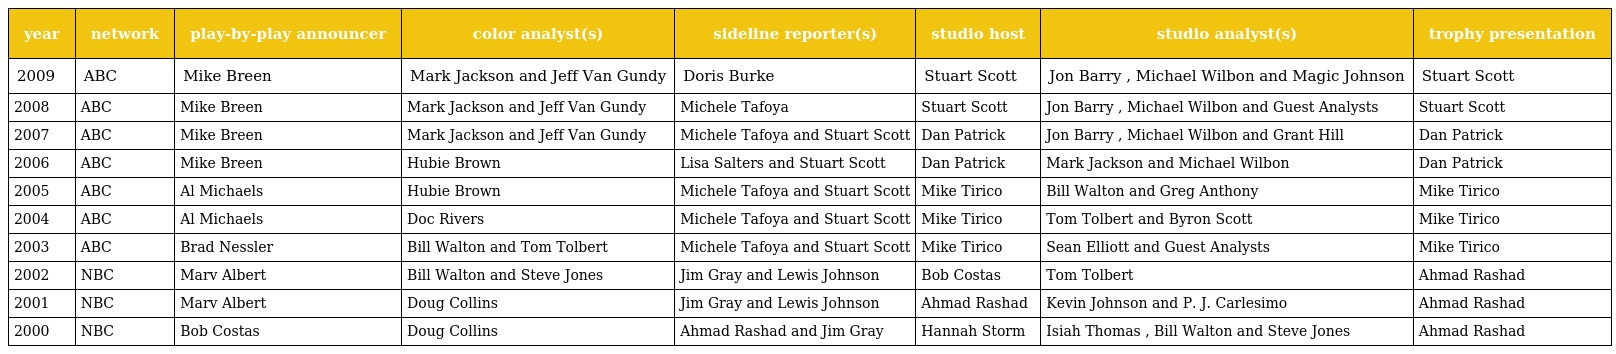
| year | network | play-by-play announcer | color analyst(s) | sideline reporter(s) | studio host | studio analyst(s) | trophy presentation |
 | --- | --- | --- | --- | --- | --- | --- | --- |
 | 2009 | ABC | Mike Breen | Mark Jackson and Jeff Van Gundy | Doris Burke | Stuart Scott | Jon Barry , Michael Wilbon and Magic Johnson | Stuart Scott |
 | 2008 | ABC | Mike Breen | Mark Jackson and Jeff Van Gundy | Michele Tafoya | Stuart Scott | Jon Barry , Michael Wilbon and Guest Analysts | Stuart Scott |
 | 2007 | ABC | Mike Breen | Mark Jackson and Jeff Van Gundy | Michele Tafoya and Stuart Scott | Dan Patrick | Jon Barry , Michael Wilbon and Grant Hill | Dan Patrick |
 | 2006 | ABC | Mike Breen | Hubie Brown | Lisa Salters and Stuart Scott | Dan Patrick | Mark Jackson and Michael Wilbon | Dan Patrick |
 | 2005 | ABC | Al Michaels | Hubie Brown | Michele Tafoya and Stuart Scott | Mike Tirico | Bill Walton and Greg Anthony | Mike Tirico |
 | 2004 | ABC | Al Michaels | Doc Rivers | Michele Tafoya and Stuart Scott | Mike Tirico | Tom Tolbert and Byron Scott | Mike Tirico |
 | 2003 | ABC | Brad Nessler | Bill Walton and Tom Tolbert | Michele Tafoya and Stuart Scott | Mike Tirico | Sean Elliott and Guest Analysts | Mike Tirico |
 | 2002 | NBC | Marv Albert | Bill Walton and Steve Jones | Jim Gray and Lewis Johnson | Bob Costas | Tom Tolbert | Ahmad Rashad |
 | 2001 | NBC | Marv Albert | Doug Collins | Jim Gray and Lewis Johnson | Ahmad Rashad | Kevin Johnson and P. J. Carlesimo | Ahmad Rashad |
 | 2000 | NBC | Bob Costas | Doug Collins | Ahmad Rashad and Jim Gray | Hannah Storm | Isiah Thomas , Bill Walton and Steve Jones | Ahmad Rashad |